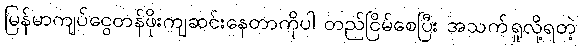
မြန်မာကျပ်ငွေတန်ဖိုးကျဆင်းနေတာကိုပါ တည်ငြိမ်စေပြီး အသက်ရှုလို့ရတဲ့